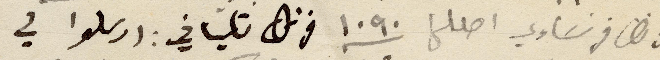
فرنك فرنسَاوي اصللها ١٠٩٠ فرنك تلياني: ارسلوا في